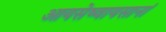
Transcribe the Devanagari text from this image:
आयसेष्वायसानां